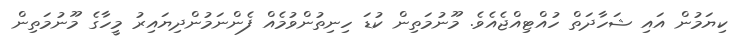
ކިޔަމުން އައި ޝަހާދަތް ހުއްޓިއްޖެއެވެ. މޫނުމަތިން ކުޑަ ހިނިތުންވުމެއް ފެންނަމުންދިޔައިރު މީހާގެ މޫނުމަތިން